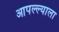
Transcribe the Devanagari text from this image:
आपल्ल्याला